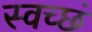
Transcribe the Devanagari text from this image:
स्वच्छं